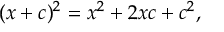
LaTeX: ( x + c ) ^ { 2 } = x ^ { 2 } + 2 x c + c ^ { 2 } ,